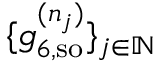
\{ g _ { 6 , \mathrm { { s o } } } ^ { ( n _ { j } ) } \} _ { j \in \mathbb { N } }